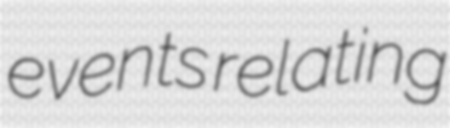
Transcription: events relating